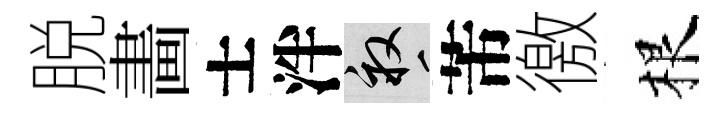
脱畵士泮畝芾徼根